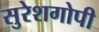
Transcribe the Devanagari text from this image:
सुरेशगोपी